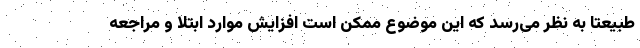
طبیعتا به نظر می‌رسد که این موضوع ممکن است افزایش موارد ابتلا و مراجعه